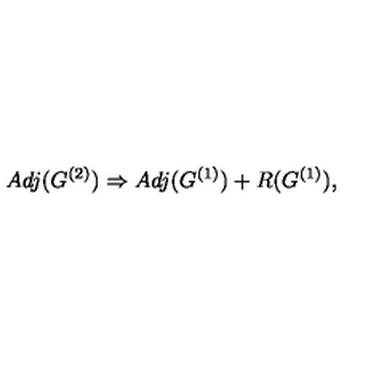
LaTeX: A d j ( G ^ { ( 2 ) } ) \Rightarrow A d j ( G ^ { ( 1 ) } ) + R ( G ^ { ( 1 ) } ) ,